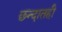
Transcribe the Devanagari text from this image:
छन्दातही